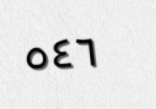
٥٤٦